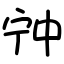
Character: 𡧲